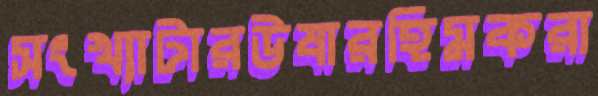
সংখ্যাটারউষারহিমকরা